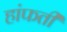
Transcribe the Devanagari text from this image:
हांफती